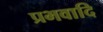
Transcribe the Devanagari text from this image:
प्रभवादि